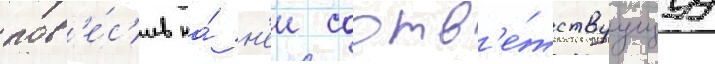
пов'е́с'ив на́ н'еи соотв'е́тствуущуу